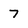
Character: 7